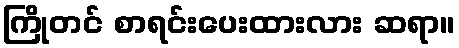
ကြိုတင် စာရင်းပေးထားလား ဆရာ။